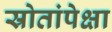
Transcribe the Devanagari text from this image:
स्रोतांपेक्षा